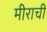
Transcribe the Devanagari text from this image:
मीराची